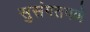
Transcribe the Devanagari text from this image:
सुसंगतपणे